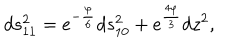
d s _ { 1 1 } ^ { 2 } = e ^ { - \frac { \varphi } { 6 } } d s _ { 1 0 } ^ { 2 } + e ^ { \frac { 4 \varphi } { 3 } } d z ^ { 2 } ,